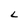
Character: L